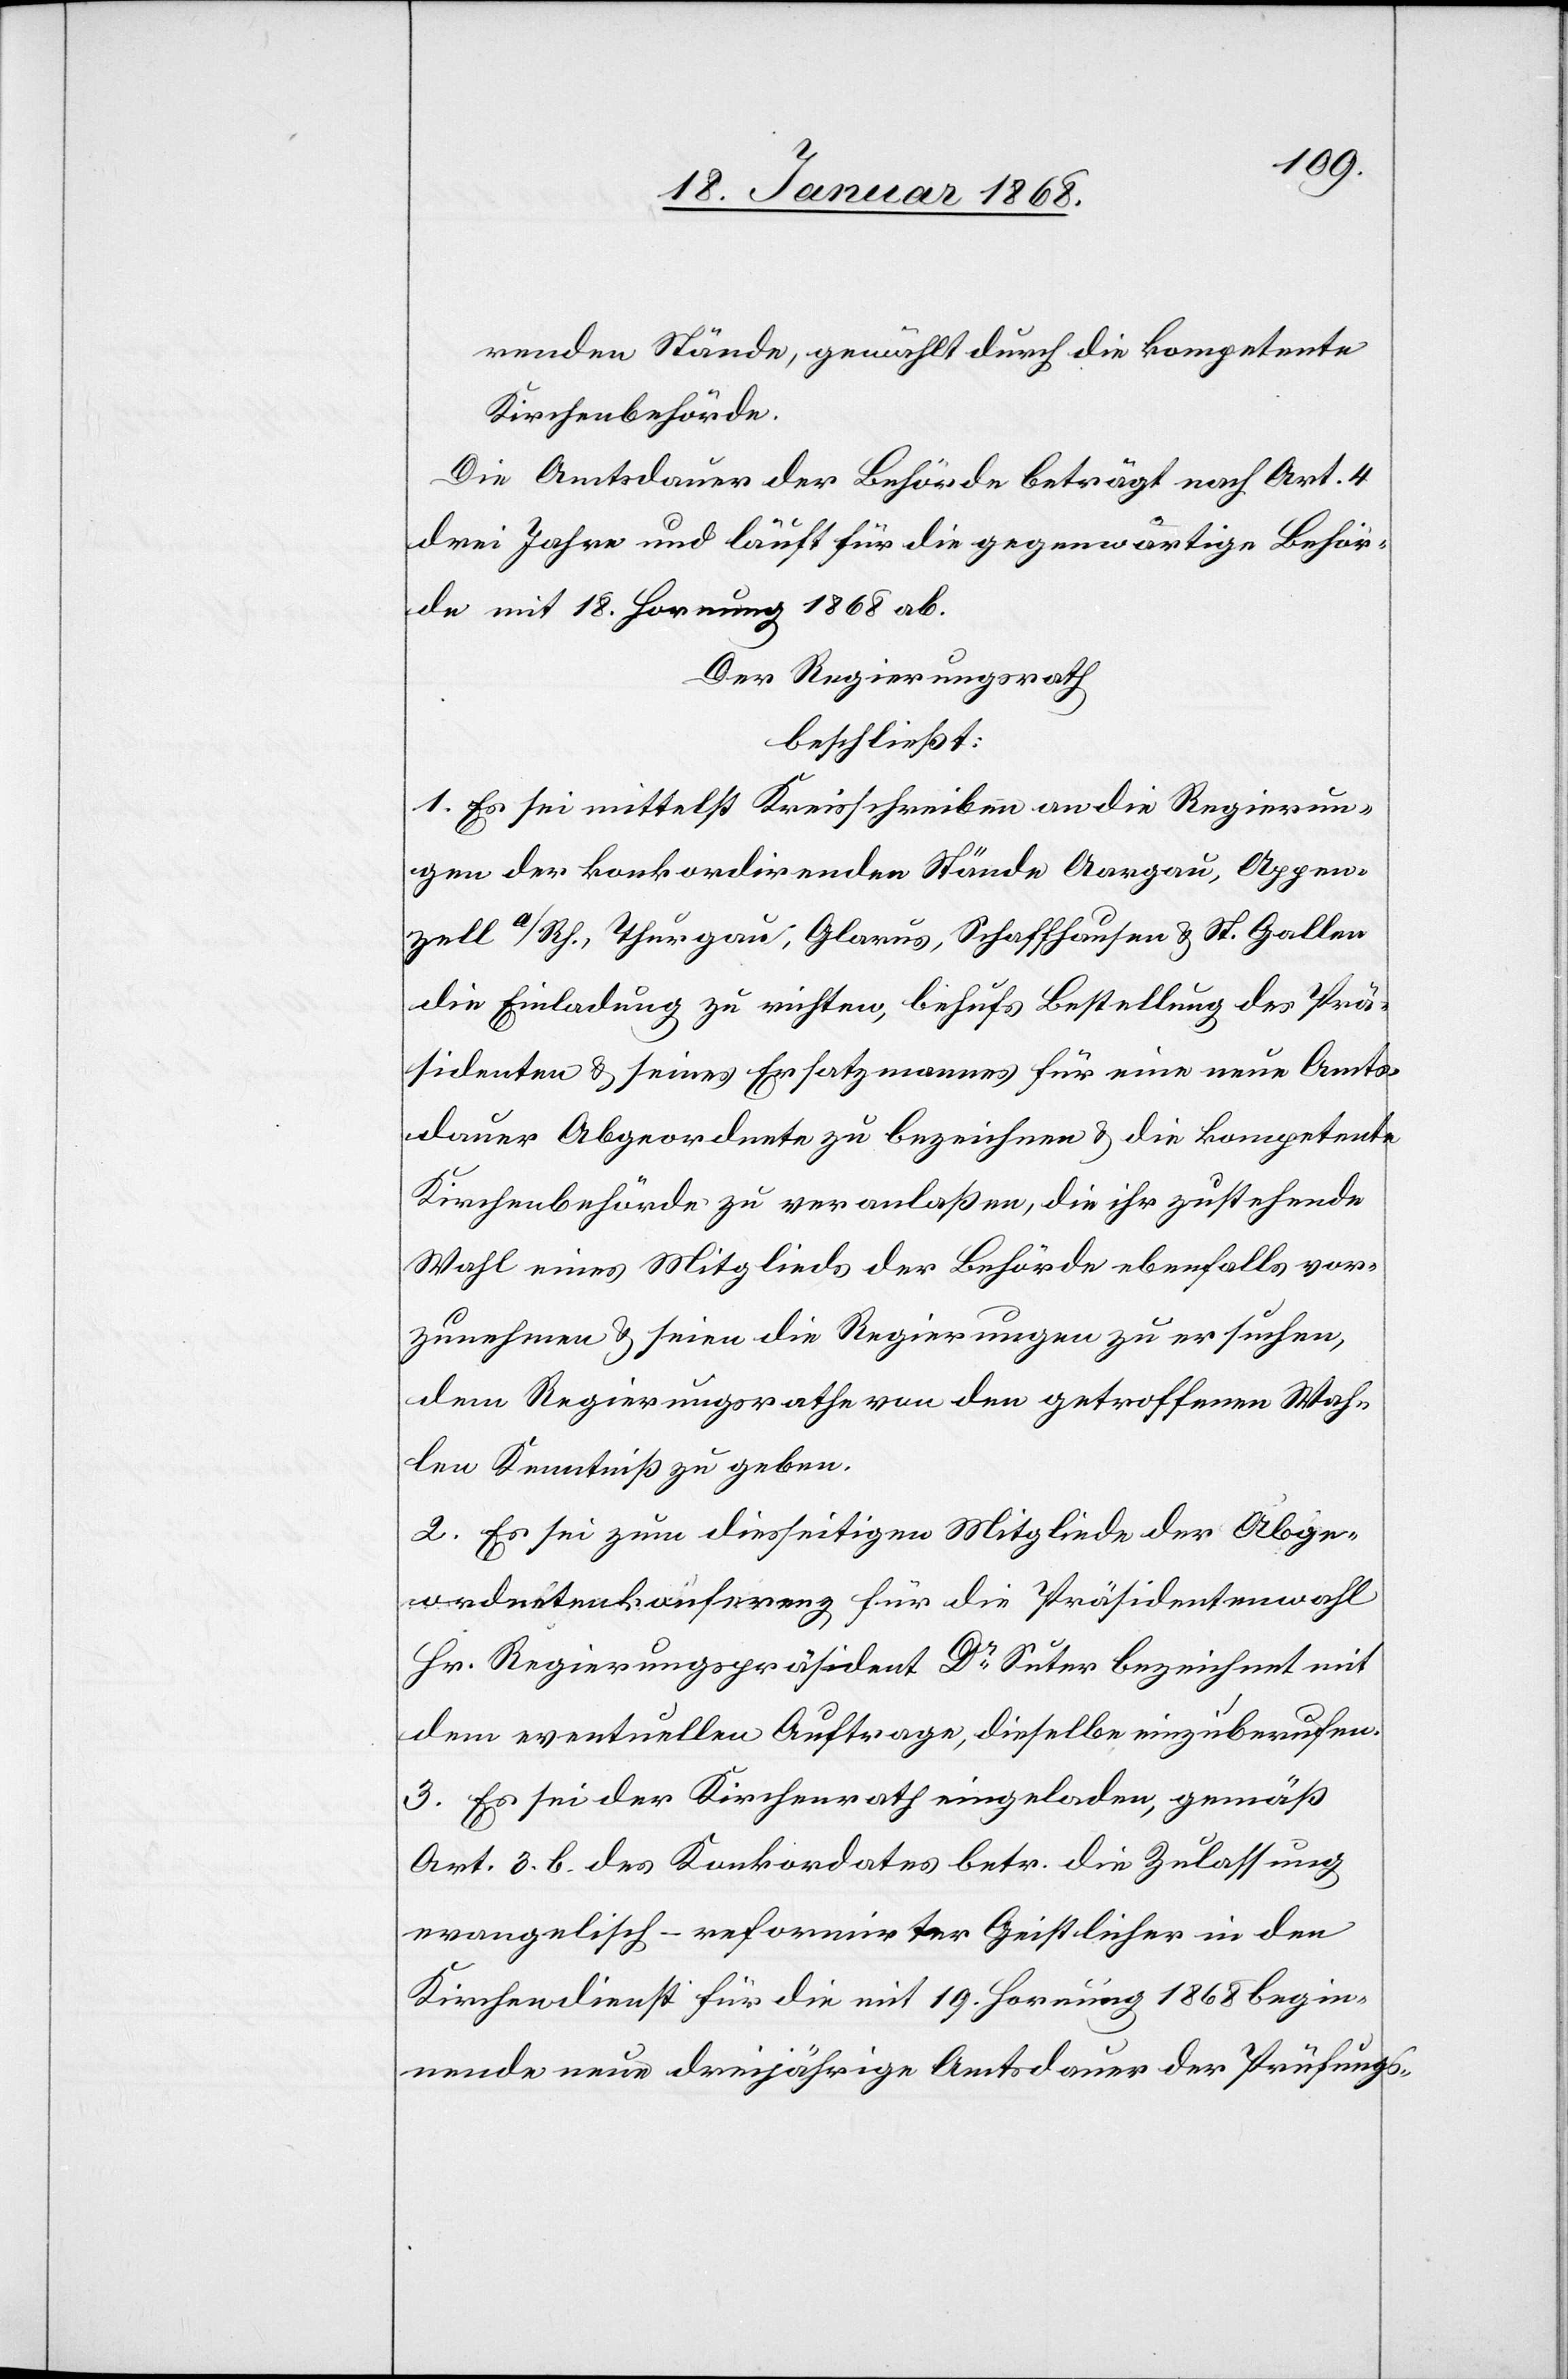
renden Stände, gewählt durch die kompetente
Kirchenbehörde.
Die Amtsdauer der Behörde beträgt nach Art. 4
drei Jahre und läuft für die gegenwärtige Behör¬
de mit 18. Hornung 1868 ab.
Der Regierungsrath
beschließt:
1. Es sei mittelst Kreisschreiben an die Regierun¬
gen der konkordirenden Stände Aargau, Appen¬
zell A/Rh., Thurgau, Glarus, Schaffhausen & St. Gallen
die Einladung zu richten, behufs Bestellung des Prä¬
sidenten & seines Ersatzmannes für eine neue Amts¬
dauer Abgeordnete zu beziehen & die kompetente
Kirchenbehörde zu veranlaßen, die ihr zustehende
Wahl eines Mitglieds der Behörde ebenfalls vor¬
zunehmen & seien die Regierungen zu ersuchen,
dem Regierungsrathe von den getroffenen Wah¬
len Kenntniß zu geben.
2. Es sei zum diesseitigen Mitgliede der Abge¬
ordnetenkonferenz für die Präsidentenwahl
Hr. Regierungspräsident Dr. Suter bezeichnet mit
dem eventuellen Auftrage, dieselbe einzuberufen.
3. Es sei der Kirchenrath eingeladen, gemäß
Art. 3. b. des Konkordates betr. die Zulassung
evangelisch-reformirter Geistlicher in den
Kirchendienst für die mit 19. Hornung 1868 begin¬
nende neue dreijährige Amtsdauer der Prüfungs-